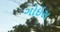
ગોઇસ